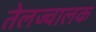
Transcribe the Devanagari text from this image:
तेलज्वालक